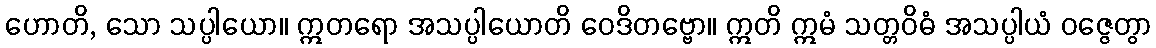
ဟောတိ, သော သပ္ပါယော။ ဣတရော အသပ္ပါယောတိ ဝေဒိတဗ္ဗော။ ဣတိ ဣမံ သတ္တဝိဓံ အသပ္ပါယံ ဝဇ္ဇေတွာ